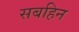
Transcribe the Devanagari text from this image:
सबहिन